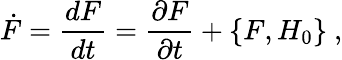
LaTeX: \dot{F}=\frac{dF}{dt}=\frac{\partial F}{\partial t}+\{ F,H_{0}\} \ ,